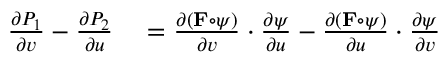
\begin{array} { r l r l } { { \frac { \partial P _ { 1 } } { \partial v } } - { \frac { \partial P _ { 2 } } { \partial u } } } & { { } = { \frac { \partial ( \mathbf { F } \circ \psi ) } { \partial v } } \cdot { \frac { \partial \psi } { \partial u } } - { \frac { \partial ( \mathbf { F } \circ \psi ) } { \partial u } } \cdot { \frac { \partial \psi } { \partial v } } } \end{array}